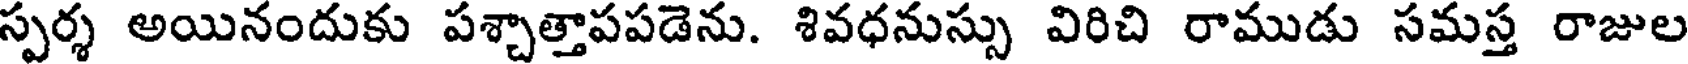
స్పర్శ అయినందుకు పశ్చాత్తాపపడెను. శివధనుస్సు విరిచి రాముడు సమస్త రాజుల